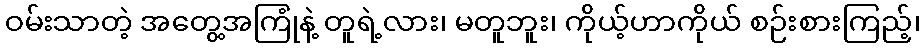
ဝမ်းသာတဲ့ အတွေ့အကြုံနဲ့ တူရဲ့လား၊ မတူဘူး၊ ကိုယ့်ဟာကိုယ် စဉ်းစားကြည့်၊